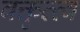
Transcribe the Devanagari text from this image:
वक्तृत्त्व